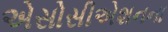
એસોસીએશનના